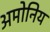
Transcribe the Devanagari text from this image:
अमोनिय